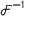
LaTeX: { \mathcal { F } } ^ { - 1 }